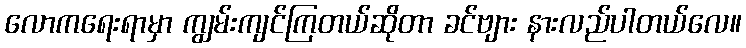
လောကရေးရာမှာ ကျွမ်းကျင်ကြတယ်ဆိုတာ ခင်ဗျား နားလည်ပါတယ်လေ။